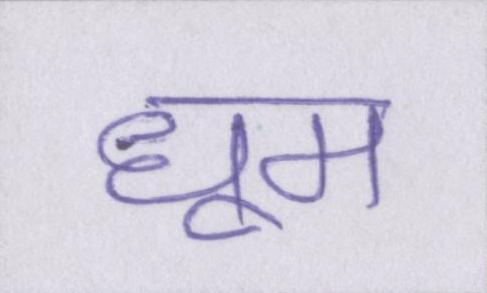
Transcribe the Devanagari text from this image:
धूम